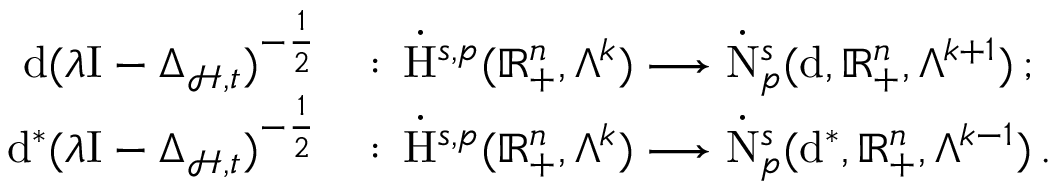
\begin{array} { r l } { \mathrm { d } ( \lambda \mathrm { I } - \Delta _ { \mathcal { H } , \mathfrak { t } } ) ^ { - \frac { 1 } { 2 } } \, } & { : \, \dot { \mathrm { H } } ^ { s , p } ( \mathbb { R } _ { + } ^ { n } , \Lambda ^ { k } ) \longrightarrow \dot { \mathrm { N } } _ { p } ^ { s } ( \mathrm { d } , \mathbb { R } _ { + } ^ { n } , \Lambda ^ { k + 1 } ) \, ; } \\ { \mathrm { d } ^ { \ast } ( \lambda \mathrm { I } - \Delta _ { \mathcal { H } , \mathfrak { t } } ) ^ { - \frac { 1 } { 2 } } \, } & { : \, \dot { \mathrm { H } } ^ { s , p } ( \mathbb { R } _ { + } ^ { n } , \Lambda ^ { k } ) \longrightarrow \dot { \mathrm { N } } _ { p } ^ { s } ( \mathrm { d } ^ { \ast } , \mathbb { R } _ { + } ^ { n } , \Lambda ^ { k - 1 } ) \, . } \end{array}